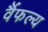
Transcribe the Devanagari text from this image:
र्वैफल्य